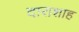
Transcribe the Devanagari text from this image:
दाराशाह